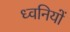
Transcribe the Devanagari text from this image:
ध्‍वनियों